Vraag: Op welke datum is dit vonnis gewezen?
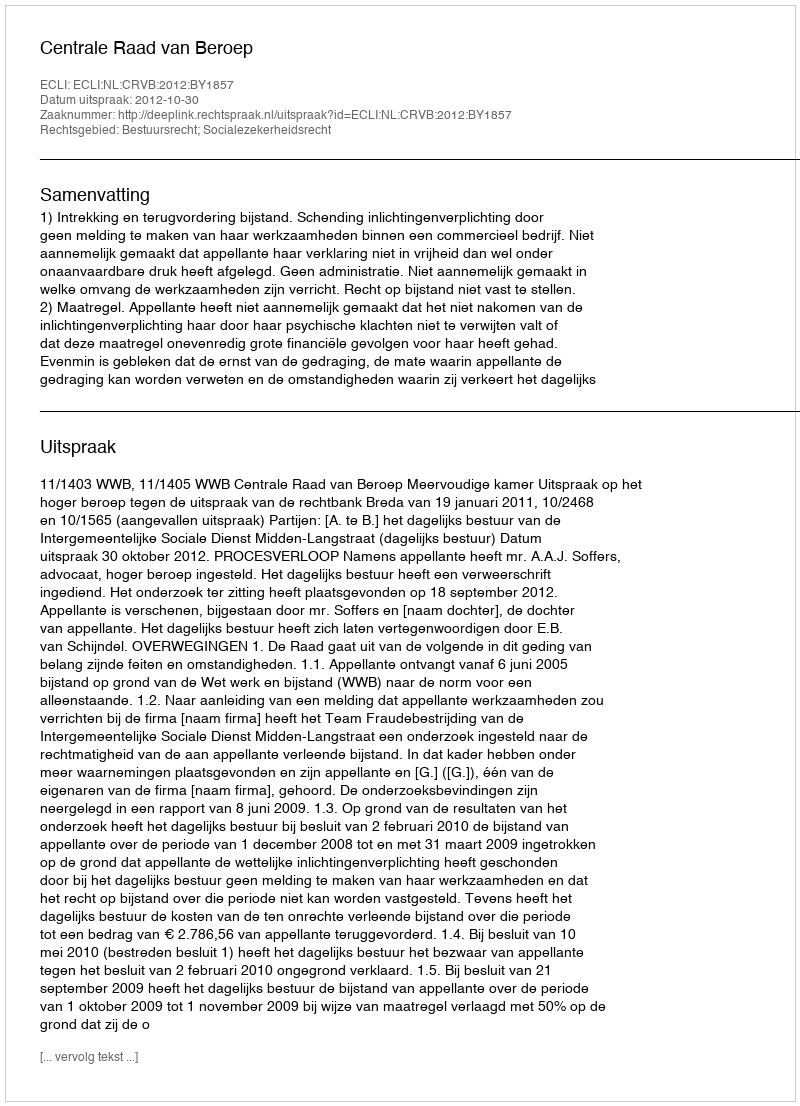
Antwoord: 2012-10-30